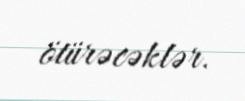
ötürəcəklər.